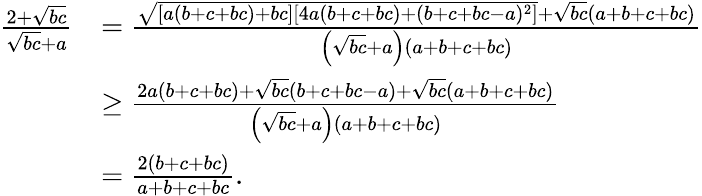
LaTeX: \begin{array}{rl}{\frac{2+\sqrt{bc}}{\sqrt{bc}+a}}&{=\frac{\sqrt{[a(b+c+bc)+bc][4a(b+c+bc)+(b+c+bc-a)^{2}]}+\sqrt{bc}(a+b+c+bc)}{\left(\sqrt{bc}+a\right)(a+b+c+bc)}}\\ &{\ge\frac{2a(b+c+bc)+\sqrt{bc}(b+c+bc-a)+\sqrt{bc}(a+b+c+bc)}{\left(\sqrt{bc}+a\right)(a+b+c+bc)}}\\ &{=\frac{2(b+c+bc)}{a+b+c+bc}.}\end{array}